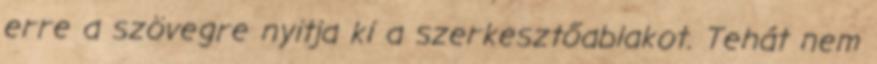
erre a szövegre nyitja ki a szerkesztőablakot. Tehát nem